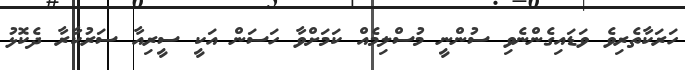
ހަރަކާތެރިވެ ވަޑައިގެންނެވި ސުންނީ މުސްލިމެއް ކަމަށްވާ ހަސަން އަކީ ސީރިއާ ސަރުކާރާ ދެކޮޅު